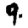
Digit: 9